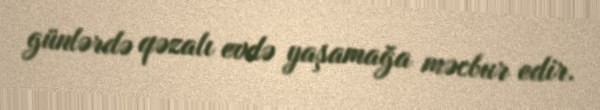
günlərdə qəzalı evdə yaşamağa məcbur edir.